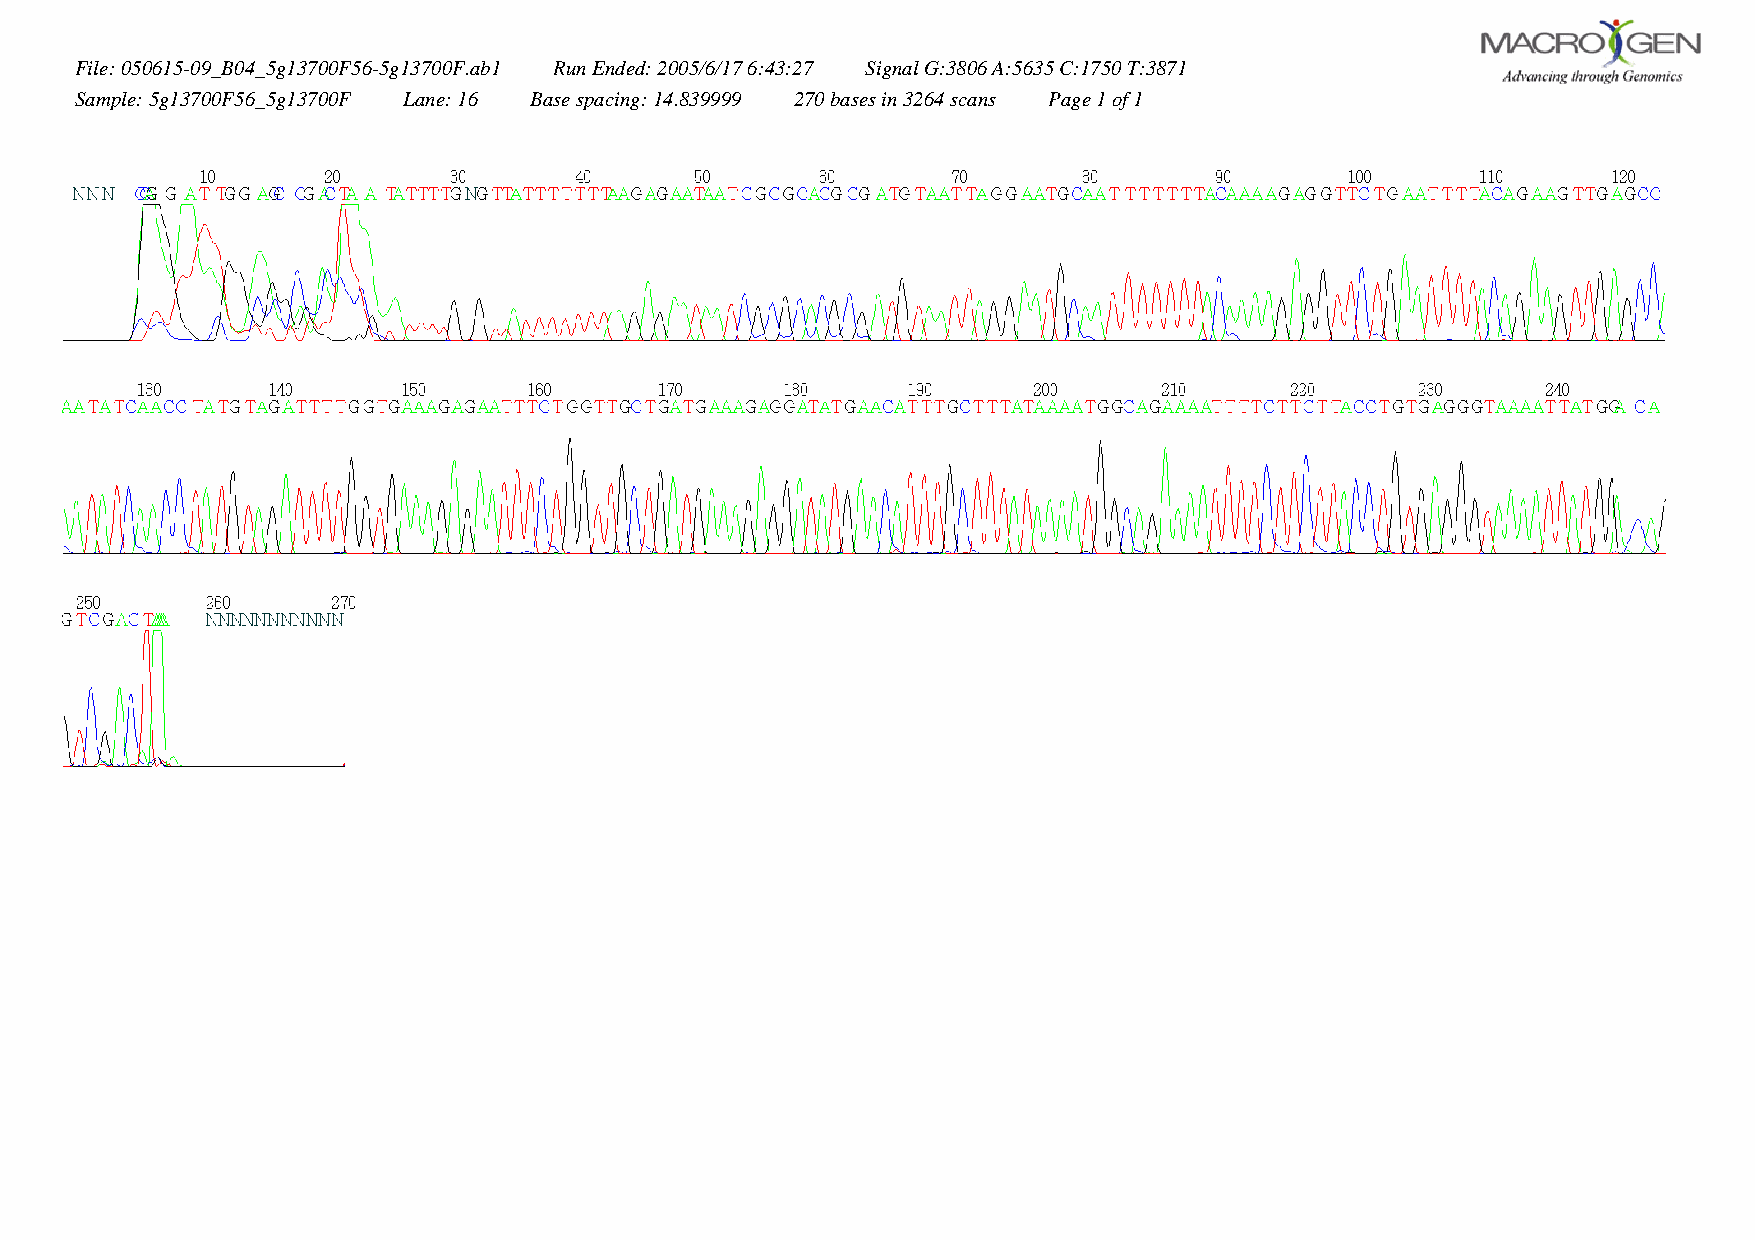
File: 050615-09_B04_5g13700F56-5g13700F.ab1 Run Ended: 2005/6/17 6:43:27 Signal G:3806 A:5635 C:1750 T:3871
 Sample: 5g13700F56_5g13700F Lane: 16 Base spacing: 14.839999 270 bases in 3264 scans Page 1 of 1